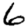
Digit: 6